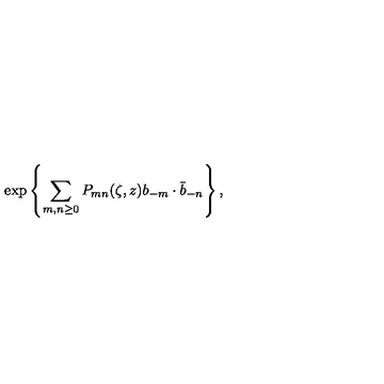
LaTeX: \exp \left\{ \sum _ { m , n \geq 0 } P _ { m n } ( \zeta , z ) b _ { - m } \cdot \bar { b } _ { - n } \right\} ,